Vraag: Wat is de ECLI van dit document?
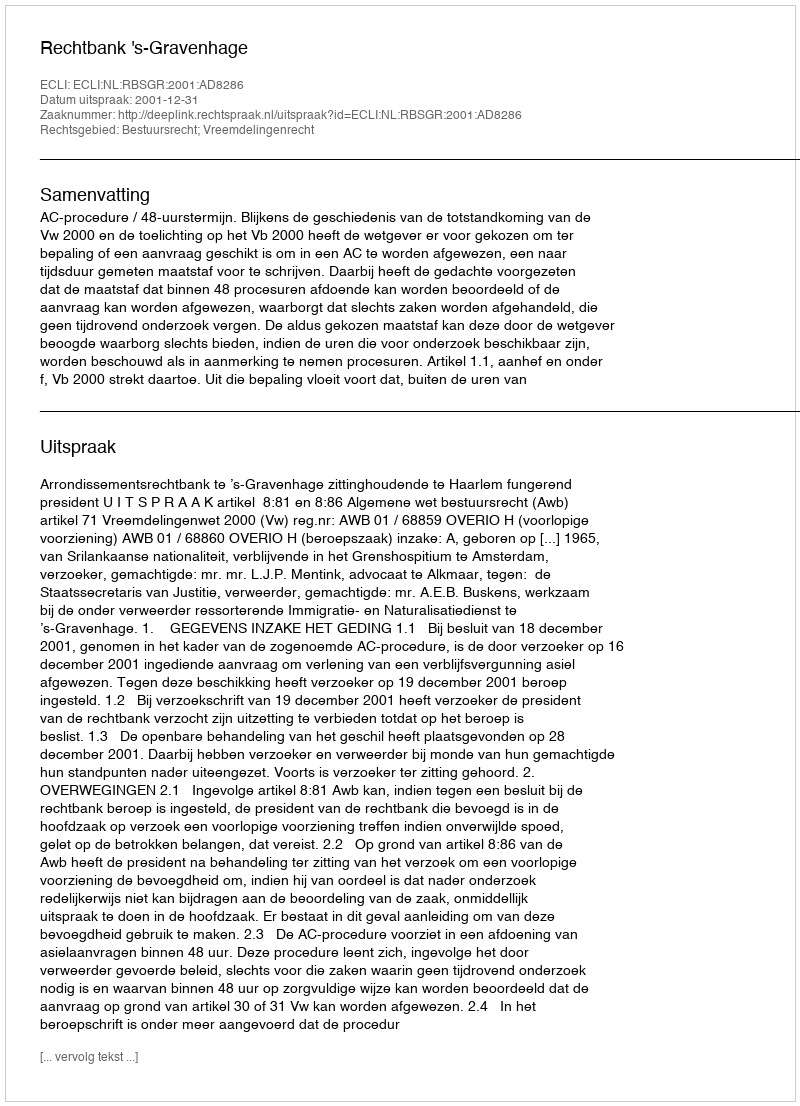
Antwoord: ECLI:NL:RBSGR:2001:AD8286